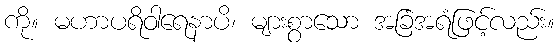
ကို။ မဟာပရိဝါရေနာပိ၊ များစွာသော အခြံအရံဖြင့်လည်း။